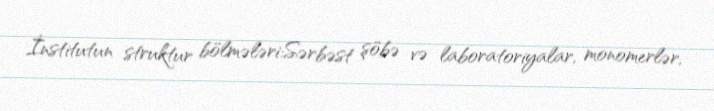
İnstitutun struktur bölmələri:Sərbəst şöbə və laboratoriyalar, monomerlər,